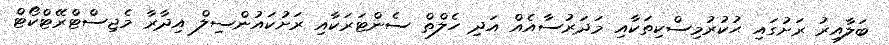
ބަލާއިރު ރަށުގައި ޙުކުރުމިސްކިތަކާއި މަދަރުސާއެއް އަދި ހެލްތް ސެންޓަރަކާއި ރަށުކައުންސިލް އިދާރާ މެޖިސްޓްރޭޓްކޯޓް